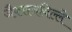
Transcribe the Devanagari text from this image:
जैक्सनविल्ले